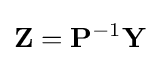
\mathbf {Z} =\mathbf {P} ^{-1}\mathbf {Y}